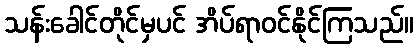
သန်းခေါင်တိုင်မှပင် အိပ်ရာဝင်နိုင်ကြသည်။